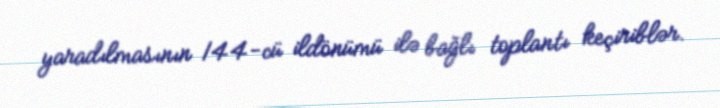
yaradılmasının 144-cü ildönümü ilə bağlı toplantı keçiriblər.